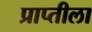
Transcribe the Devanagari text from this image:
प्राप्तीला